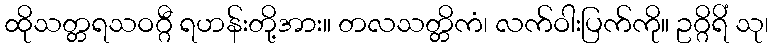
ထိုသတ္တရသဝဂ္ဂီ ရဟန်းတို့အား။ တလသတ္တိကံ၊ လက်ဝါးပြက်ကို။ ဥဂ္ဂိရိံ သု၊